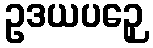
ဥဒယပဉှေ